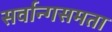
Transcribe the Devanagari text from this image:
सर्वान्गसमता